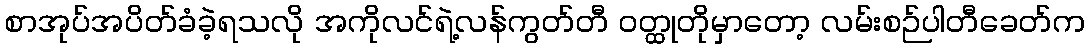
စာအုပ်အပိတ်ခံခဲ့ရသလို အကိုလင်ရဲ့လန်ကွတ်တီ ဝတ္ထုတိုမှာတော့ လမ်းစဉ်ပါတီခေတ်က